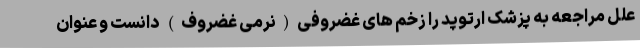
علل مراجعه به پزشک ارتوپد را زخم های غضروفی(نرمی غضروف) دانست و عنوان